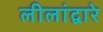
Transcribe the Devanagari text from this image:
लीलांद्वारे